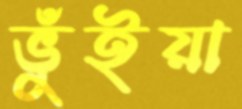
ভুঁইয়া